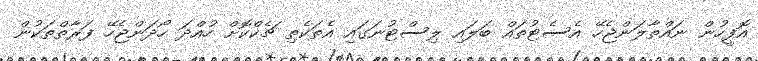
އޮފީހުން ނައްތާލަންޖެހޭ އެސެޓުތައް ބަލައި ލިސްޓުނަގައި އެތަކެތި ޗެކްކޮށް ހުއްދަ ހޯދަންޖެހޭ ފަރާތްތަކުން